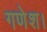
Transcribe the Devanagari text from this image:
गणेश।